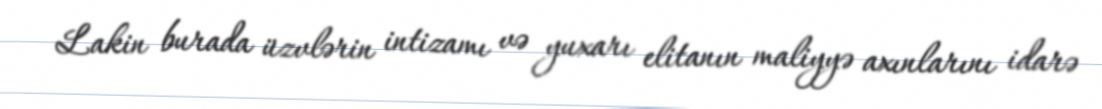
Lakin burada üzvlərin intizamı və yuxarı elitanın maliyyə axınlarını idarə